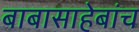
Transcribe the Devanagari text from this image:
बाबासाहेबांच